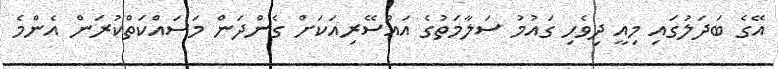
އޭގެ ބަދަލުގައި މިއީ ދިވެހި ގައުމު ސަލާމަތުގެ އައްސޭރިއަކަށް ގެންދަން މަސައްކަތްކުރަން އެންމެ